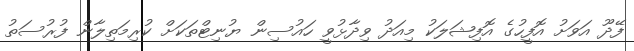
ފޭދޫ އަވަށު އޮފީހުގެ އޮފިޝަލަކު މިއަދު ވިދާޅުވީ ހައުސިން ޔުނިޓްތަކަށް ކުރިމަތިލާން ފުރުސަތު